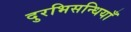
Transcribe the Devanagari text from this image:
दुरभिसन्धियाँ